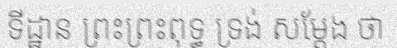
ទីដ្ឋាន ព្រះព្រះពុទ្ធ ទ្រង់ សម្តែង ថា